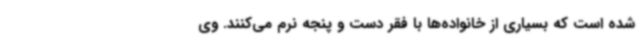
شده است که بسیاری از خانواده‌ها با فقر دست و پنجه نرم می‌کنند. وی